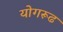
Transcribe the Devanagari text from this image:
योगरूढ